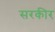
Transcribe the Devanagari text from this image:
सरकीर